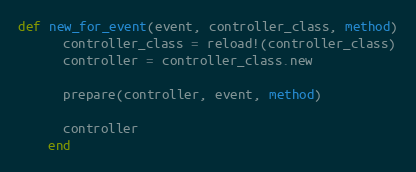
Language: Ruby
def new_for_event(event, controller_class, method)
      controller_class = reload!(controller_class)
      controller = controller_class.new

      prepare(controller, event, method)

      controller
    end